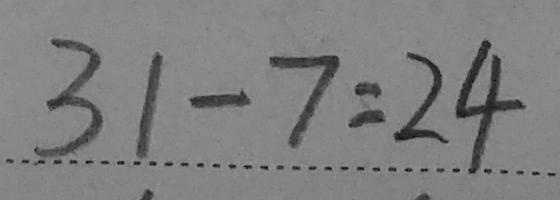
3 1 - 7 = 2 4